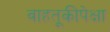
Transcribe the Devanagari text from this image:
वाहतूकीपेक्षा